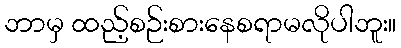
ဘာမှ ထည့်စဉ်းစားနေစရာမလိုပါဘူး။